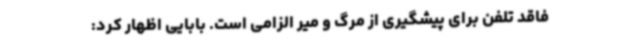
فاقد تلفن برای پیشگیری از مرگ و میر الزامی است. بابایی اظهار کرد: